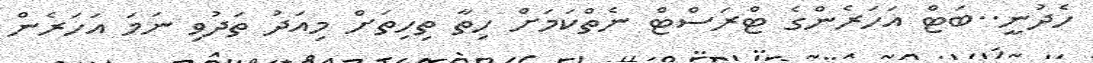
ހެދުނީ..ބަޓް އަހަރެންގެ ޓްރަސްޓް ނެތްކަމަށް ހިތާ ތިހިތަށް މިއަދު ތަދުވި ނަމަ އަހަރެން